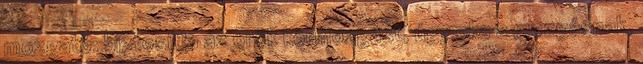
mozgató: biztosítja az örök körmozgást, úgy oka a mozgásnak,